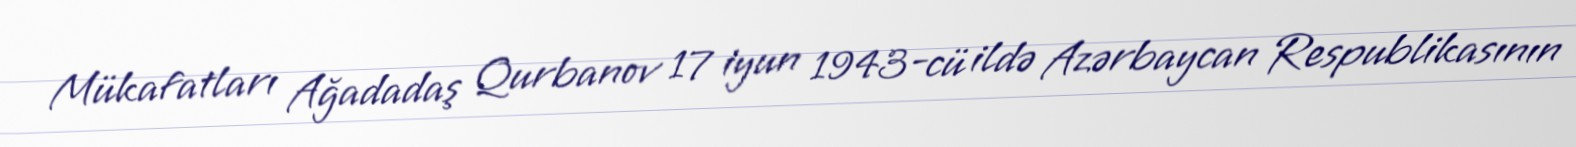
Mükafatları Ağadadaş Qurbanov 17 iyun 1943-cü ildə Azərbaycan Respublikasının